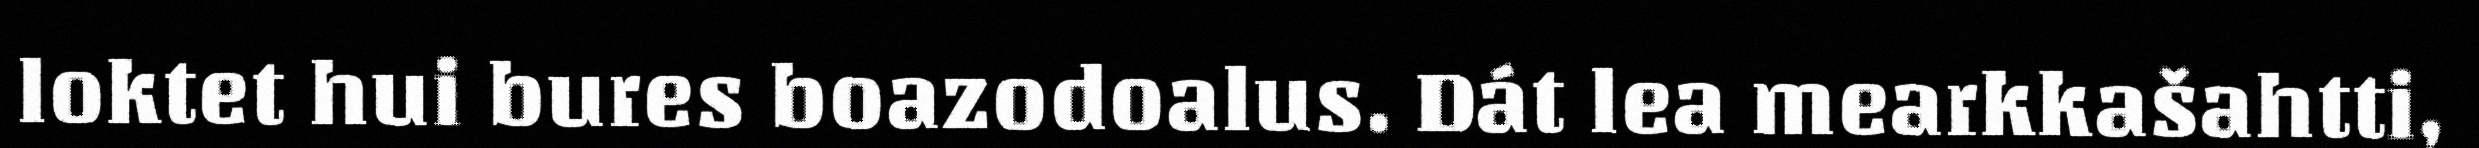
loktet hui bures boazodoalus. Dát lea mearkkašahtti,